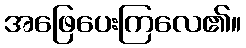
အဖြေပေးကြလေ၏။